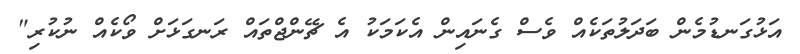
އަޅުގަނޑުމެން ބަދަލުތަކެއް ވެސް ގެނައިން އެކަމަކު އެ ޗޭންޖްތައް ރަނގަޅަށް ވޯކެއް ނުކުރި"